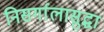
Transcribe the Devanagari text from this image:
निसर्गालासुद्धा